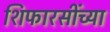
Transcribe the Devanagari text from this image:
शिफारसींच्या